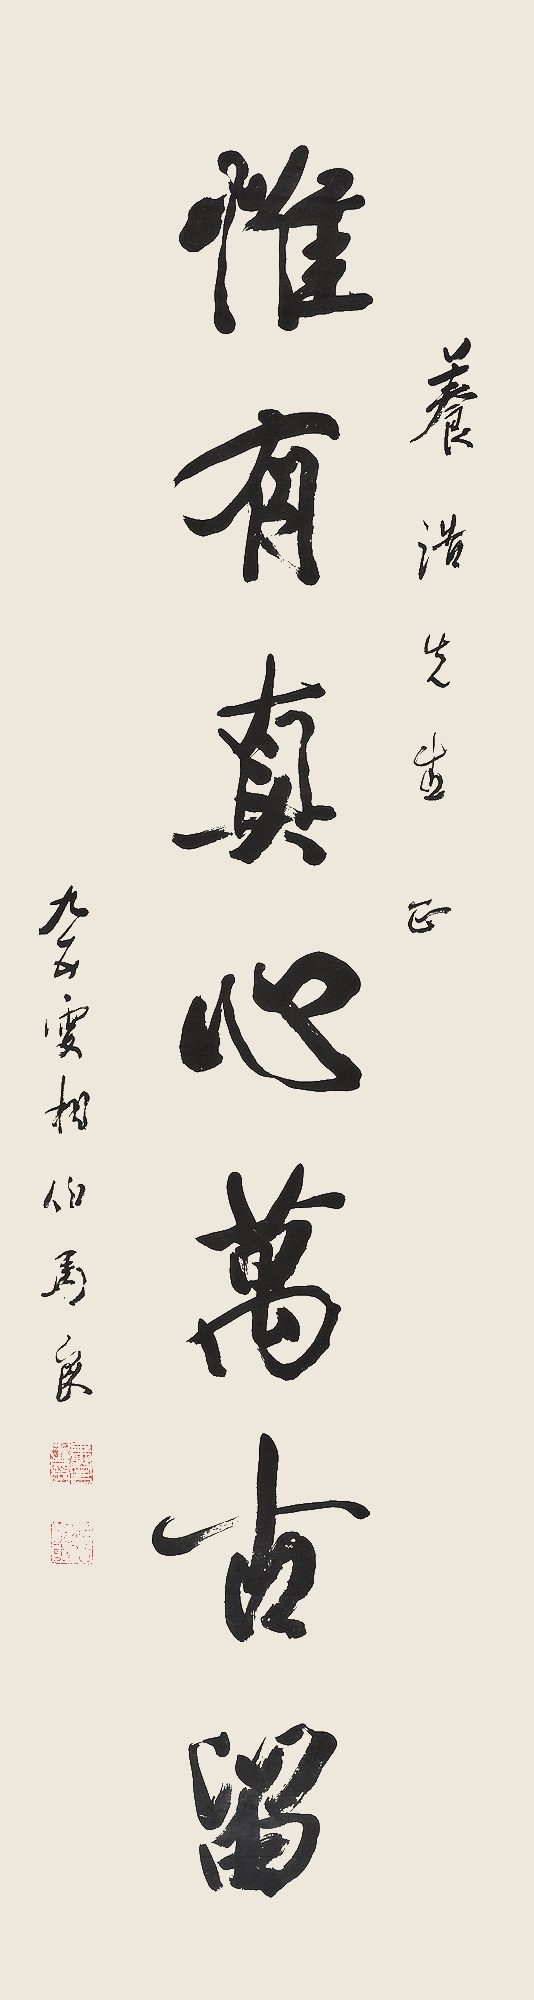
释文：惟有真心万古留。养浩先生正，九五叟相伯马良。